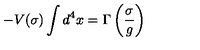
- V ( \sigma ) \int d ^ { 4 } x = \Gamma \left( \frac { \sigma } { g } \right)